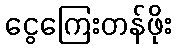
ငွေကြေးတန်ဖိုး